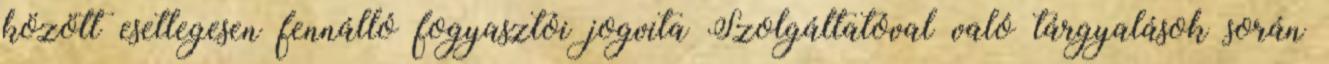
között esetlegesen fennálló fogyasztói jogvita Szolgáltatóval való tárgyalások során